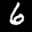
Label: 6